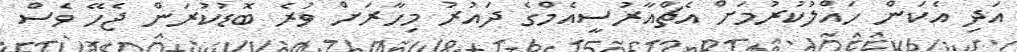
އަދި އެކަން ހައްލުކުރުމަށް އެޗްއާރުސީއެމްގެ ދައުރު މިހާރަށް ވުރެ ބޮޑުކުރަން ޖެހޭ ވެސް